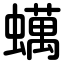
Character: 蠇